Vabadussoja_Ajaloo_Komitee, lk 72
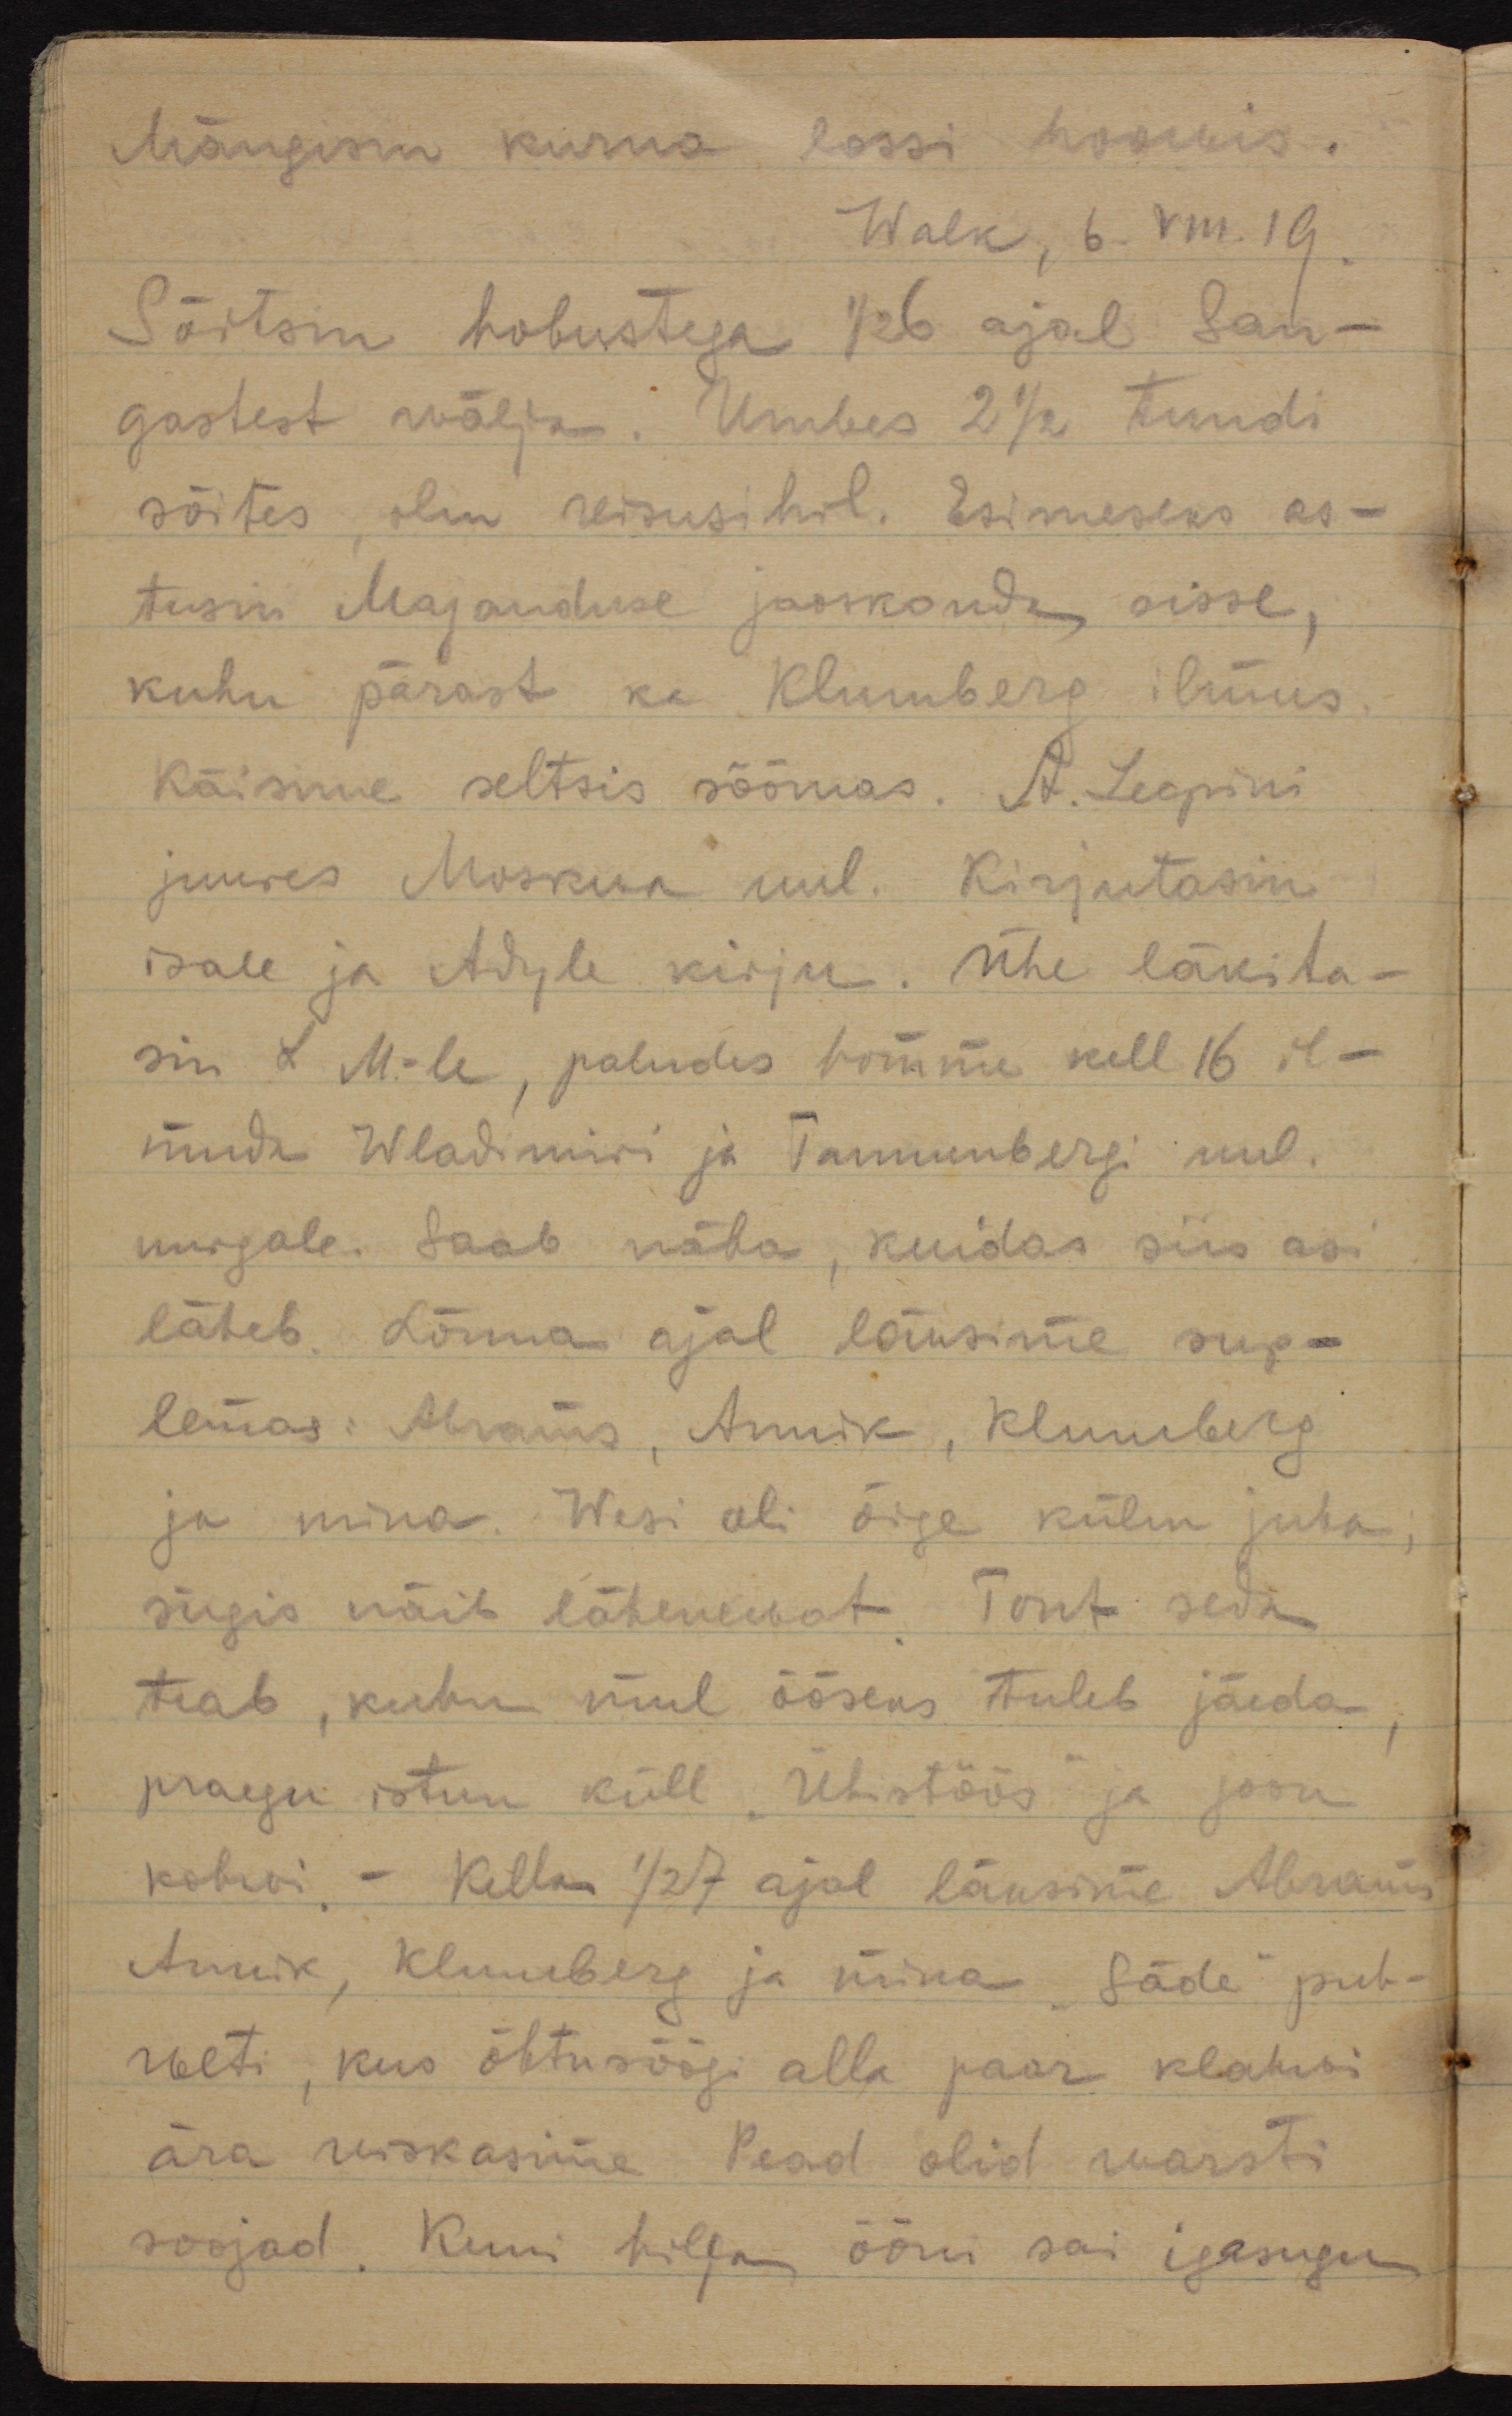
Mängisin kurna lossi hoowis. 
Walk, 6.VIII.19.
Sõitsin hobustega 1/2 6 ajal San-
gastest wälja. Umbes 2 1/2 tundi
sõites, olin reisusihil. Esimeseks as-
tusin Majanduse jaoskonda sisse, 
kuhu pärast ka Klumberg ilmus.
Käisime seltsis söömas. A. Leopini
juures Moskwa uul. Kirjutasin
isale ja Adyle kirju. Ühe läkita-
sin L M.-le, paludes homme kell 16 il-
muda Wladimiri ja Tannenbergi uul.
nurgale. Saab näha, kuidas siis asi
läheb. Lõuna ajal läksime sup-
lemas: Abrams, Annik, Klumberg 
ja mina. Wesi oli õige külm juba;
sügis näib lähenewat. Tont seda
teab, kuhu mul ööseks tuleb jäeda, 
praegu istun küll "Ühistöös" ja joon
kohwi. - Kella 1/2 7 ajal läksime Abrams,
Annik, Klumberg ja mina "Säde" puh-
weti, kus õhtusöögi alla paar klahwi
ära wiskasime. Pead olid warsti
soojad. Kuni hilja ööni sai igasugu